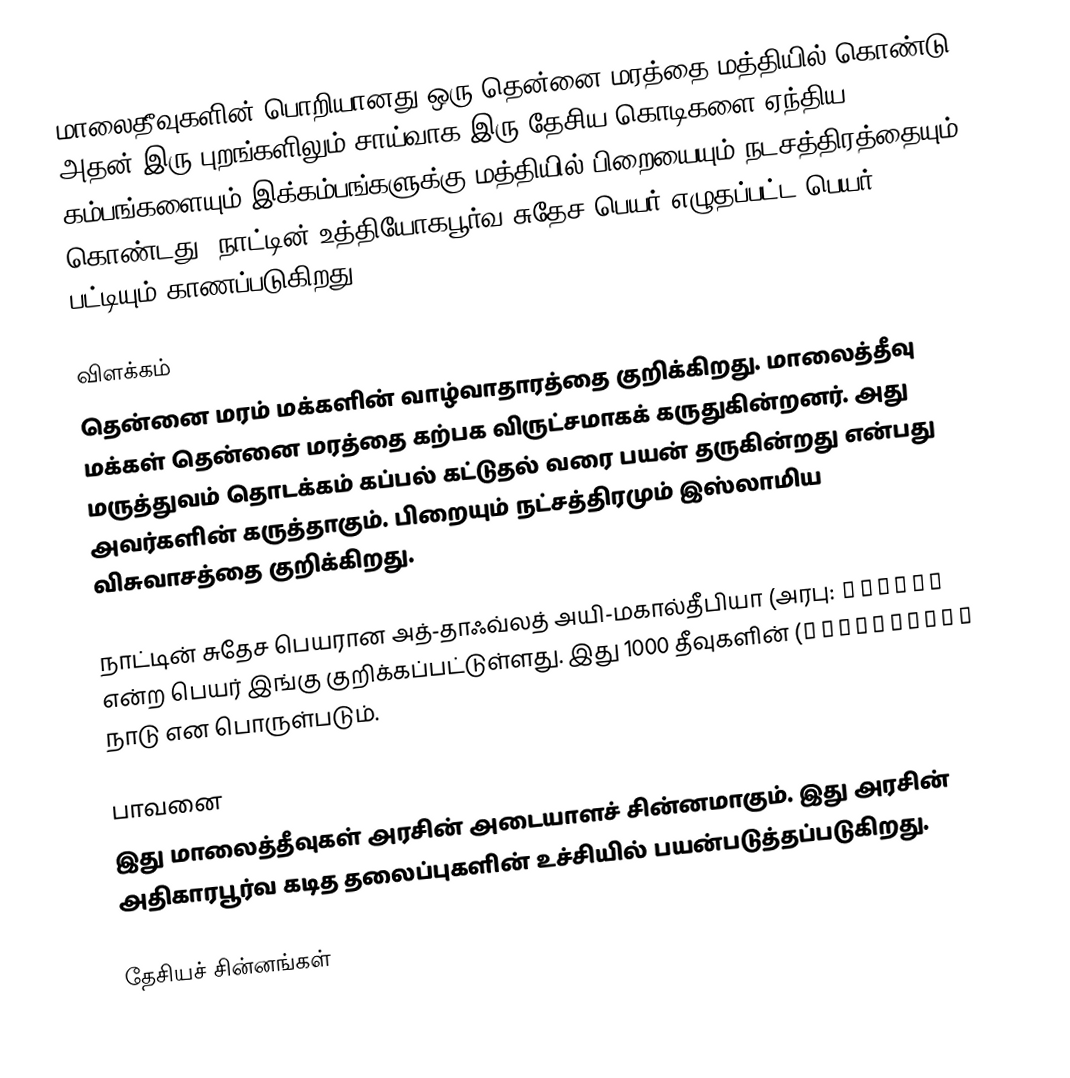
மாலைதீவுகளின் பொறியானது ஒரு தென்னை மரத்தை மத்தியில் கொண்டு அதன் இரு புறங்களிலும் சாய்வாக இரு தேசிய கொடிகளை ஏந்திய கம்பங்களையும் இக்கம்பங்களுக்கு மத்தியில் பிறையையும் நடசத்திரத்தையும் கொண்டது. நாட்டின் உத்தியோகபூர்வ சுதேச பெயர் எழுதப்பட்ட பெயர் பட்டியும் காணப்படுகிறது.

விளக்கம்
தென்னை மரம் மக்களின் வாழ்வாதாரத்தை குறிக்கிறது. மாலைத்தீவு மக்கள் தென்னை மரத்தை கற்பக விருட்சமாகக் கருதுகின்றனர். அது மருத்துவம் தொடக்கம் கப்பல் கட்டுதல் வரை பயன் தருகின்றது என்பது அவர்களின் கருத்தாகும். பிறையும் நட்சத்திரமும் இஸ்லாமிய விசுவாசத்தை குறிக்கிறது.

நாட்டின் சுதேச பெயரான அத்-தாஃவ்லத் அயி-மகால்தீபியா (அரபு: الدولة المحلديبية) என்ற பெயர் இங்கு குறிக்கப்பட்டுள்ளது. இது 1000 தீவுகளின் நாடு என பொருள்படும்.

பாவனை
இது மாலைத்தீவுகள் அரசின் அடையாளச் சின்னமாகும். இது அரசின் அதிகாரபூர்வ கடித தலைப்புகளின் உச்சியில் பயன்படுத்தப்படுகிறது.

தேசியச் சின்னங்கள்